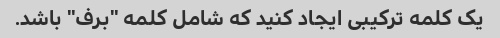
یک کلمه ترکیبی ایجاد کنید که شامل کلمه "برف" باشد.